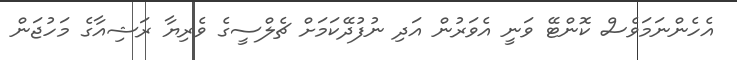
އެހެންނަމަވެސް ކޮންޓޭ ވަނީ އެވަރުން އަދި ނުފުދޭކަމަށް ޗެލްސީގެ ވެރިޔާ ރަޝިއާގެ މަހުޖަން